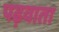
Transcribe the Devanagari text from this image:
पढ़वाता